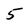
Character: 5